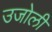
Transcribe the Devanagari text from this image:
उजोली